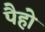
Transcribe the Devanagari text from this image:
पैहो